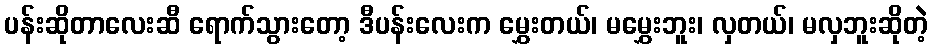
ပန်းဆိုတာလေးဆီ ရောက်သွားတော့ ဒီပန်းလေးက မွှေးတယ်၊ မမွှေးဘူး၊ လှတယ်၊ မလှဘူးဆိုတဲ့